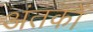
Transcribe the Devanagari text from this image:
अंतकों